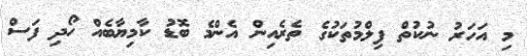
މި އަހަރު ނުކުތް ފިލްމުތަކުގެ ތެރެއިން އެންމެ ބޮޑު ކާމިޔާބެއް ހޯދި ފަސް